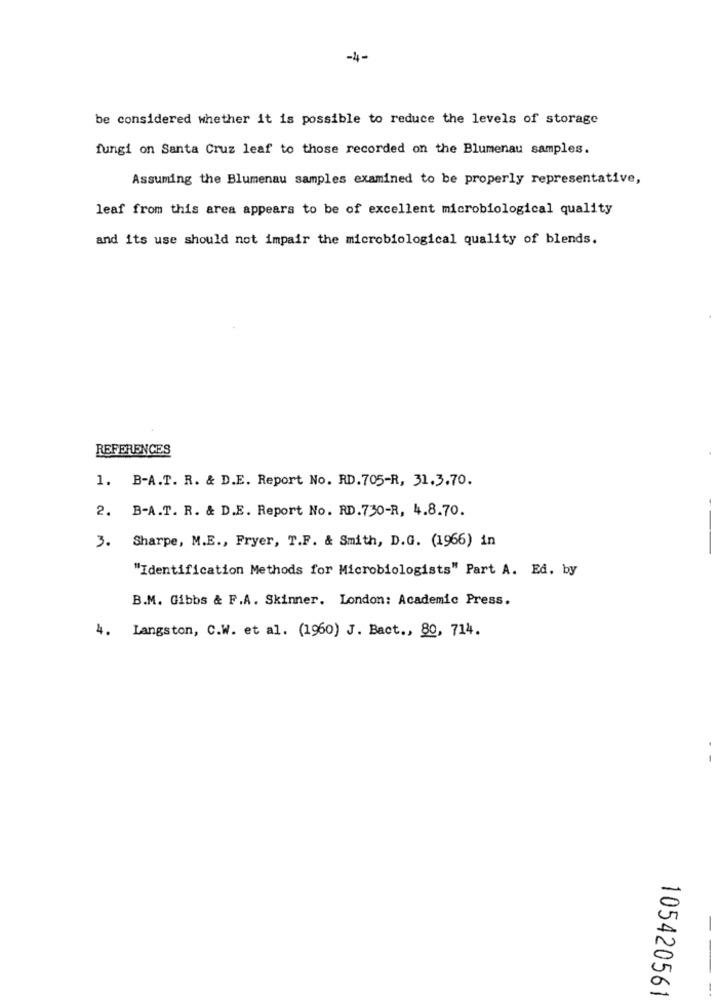
-4-
be considered whether it is possible to reduce the levels of storage
fungi on Santa Cruz leaf to those recorded on the Blumenau samples.
Assuming the Blumenau samples examined to be properly representative,
leaf from this area appears to be of excellent microbiological quality
and its use should not impair the microbiological quality of blends.
REFERENCES
1. B-A.T. R. & D.E. Report No. RD.705-R, 31.3.70.
2. B-A.T. R. & D.E. Report No. RD.730-R, 4.8.70.
-
3. Sharpe, M.E ., Fryer, T.F. & Smith, D.G. (1966) in
"Identification Methods for Microbiologists" Part A. Ed. by
B.M. Gibbs & F.A. Skinner. London: Academic Press.
4. Langston, C.W. et al. (1960) J. Bact ., 80, 714.
-
-
105420561
-